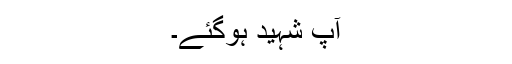
آپ شہید ہوگئے۔